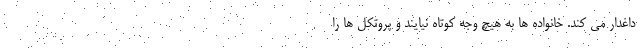
داغدار می کند. خانواده ها به هیچ وجه کوتاه نیایند و پروتکل ها را